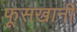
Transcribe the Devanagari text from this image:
फूसखानी